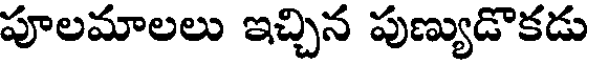
పూలమాలలు ఇచ్చిన పుణ్యుడొకడు